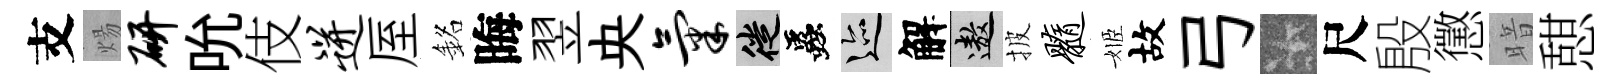
支煬研吮伎迸厔銘晦翌央气徙蟲迹解遨披髓姬故弓卡尺殷懲暗憇